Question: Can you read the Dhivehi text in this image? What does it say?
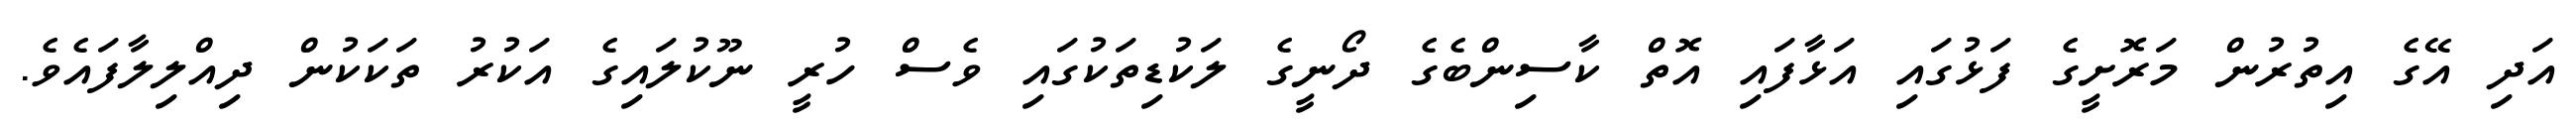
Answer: އަދި އޭގެ އިތުރުން މަރޮށީގެ ފަޅުގައި އަޅާފައި އޮތް ކާސިންބެގެ ދޯނީގެ ލަކުޑިތަކުގައި ވެސް ހުރީ ނޫކުލައިގެ އަކުރު ތަކަކުން ދިއްލިލާފައެވެ.